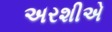
અરશીએ